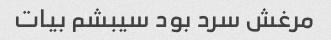
مرغش سرد بود سیبشم بیات